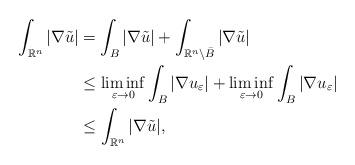
LaTeX: \begin{align*} \int_{\mathbb{R}^n} |\nabla \tilde u| &= \int_{B} |\nabla \tilde u| + \int_{\mathbb{R}^n \setminus \bar B} |\nabla \tilde u|\\ &\leq \liminf_{\varepsilon \to 0} \int_B |\nabla u_\varepsilon| + \liminf_{\varepsilon \to 0} \int_B |\nabla u_\varepsilon|\\ &\leq \int_{\mathbb{R}^n} |\nabla \tilde u|, \end{align*}